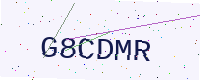
Text: G8CDMR